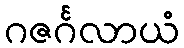
ဂဇင်္ဂလာယံ